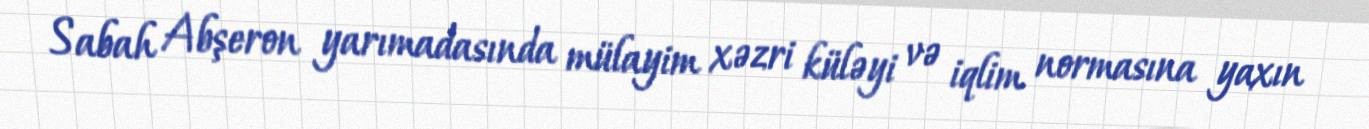
Sabah Abşeron yarımadasında mülayim xəzri küləyi və iqlim normasına yaxın